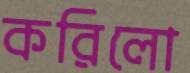
করিলো